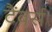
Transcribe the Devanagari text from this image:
टैंवर्स